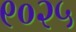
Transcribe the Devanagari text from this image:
९०२५